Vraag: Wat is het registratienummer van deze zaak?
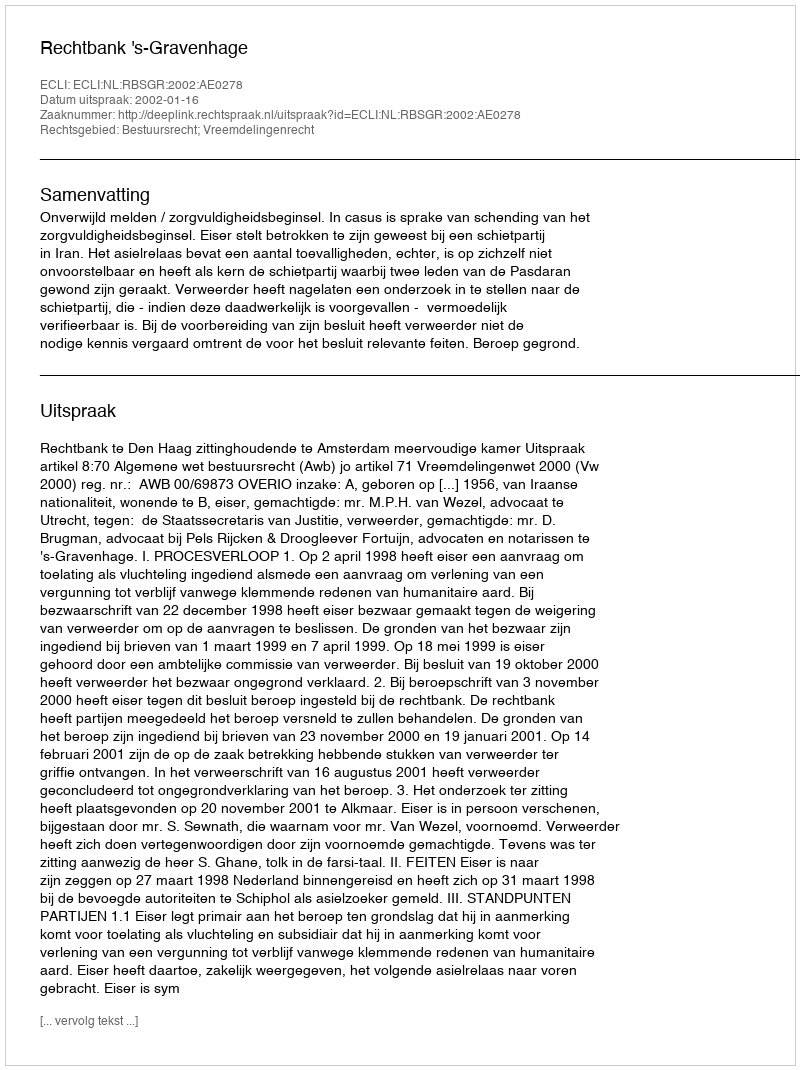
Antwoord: http://deeplink.rechtspraak.nl/uitspraak?id=ECLI:NL:RBSGR:2002:AE0278